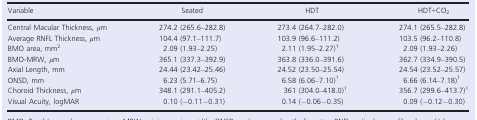
<table><thead><tr><td><b>Variable</b></td><td><b>Seated</b></td><td><b>HDT</b></td><td><b>HDT+CO<sub>2</sub></b></td></tr></thead><tbody><tr><td>Central Macular Thickness, <i>μ</i>m</td><td>274.2 (265.6–282.8)</td><td>273.4 (264.7–282.0)</td><td>274.1 (265.5–282.8)</td></tr><tr><td>Average RNFL Thickness, <i>μ</i>m</td><td>104.4 (97.1–111.7)</td><td>103.9 (96.6–111.2)</td><td>103.5 (96.2–110.8)</td></tr><tr><td>BMO area, mm<sup>2</sup></td><td>2.09 (1.93–2.25)</td><td>2.11 (1.95–2.27)a</td><td>2.09 (1.93–2.26)</td></tr><tr><td>BMO‐MRW, <i>μ</i>m</td><td>365.1 (337.3–392.9)</td><td>363.8 (336.0–391.6)</td><td>362.7 (334.9–390.5)</td></tr><tr><td>Axial Length, mm</td><td>24.44 (23.42–25.46)</td><td>24.52 (23.50–25.54)</td><td>24.54 (23.52–25.57)</td></tr><tr><td>ONSD, mm</td><td>6.23 (5.71–6.75)</td><td>6.58 (6.06–7.10)a</td><td>6.66 (6.14–7.18)a</td></tr><tr><td>Choroid Thickness, <i>μ</i>m</td><td>348.1 (291.1–405.2)</td><td>361 (304.0–418.0)a</td><td>356.7 (299.6–413.7)a</td></tr><tr><td>Visual Acuity, logMAR</td><td>0.10 (−0.11−0.31)</td><td>0.14 (−0.06−0.35)</td><td>0.09 (−0.12−0.30)</td></tr></tbody></table>